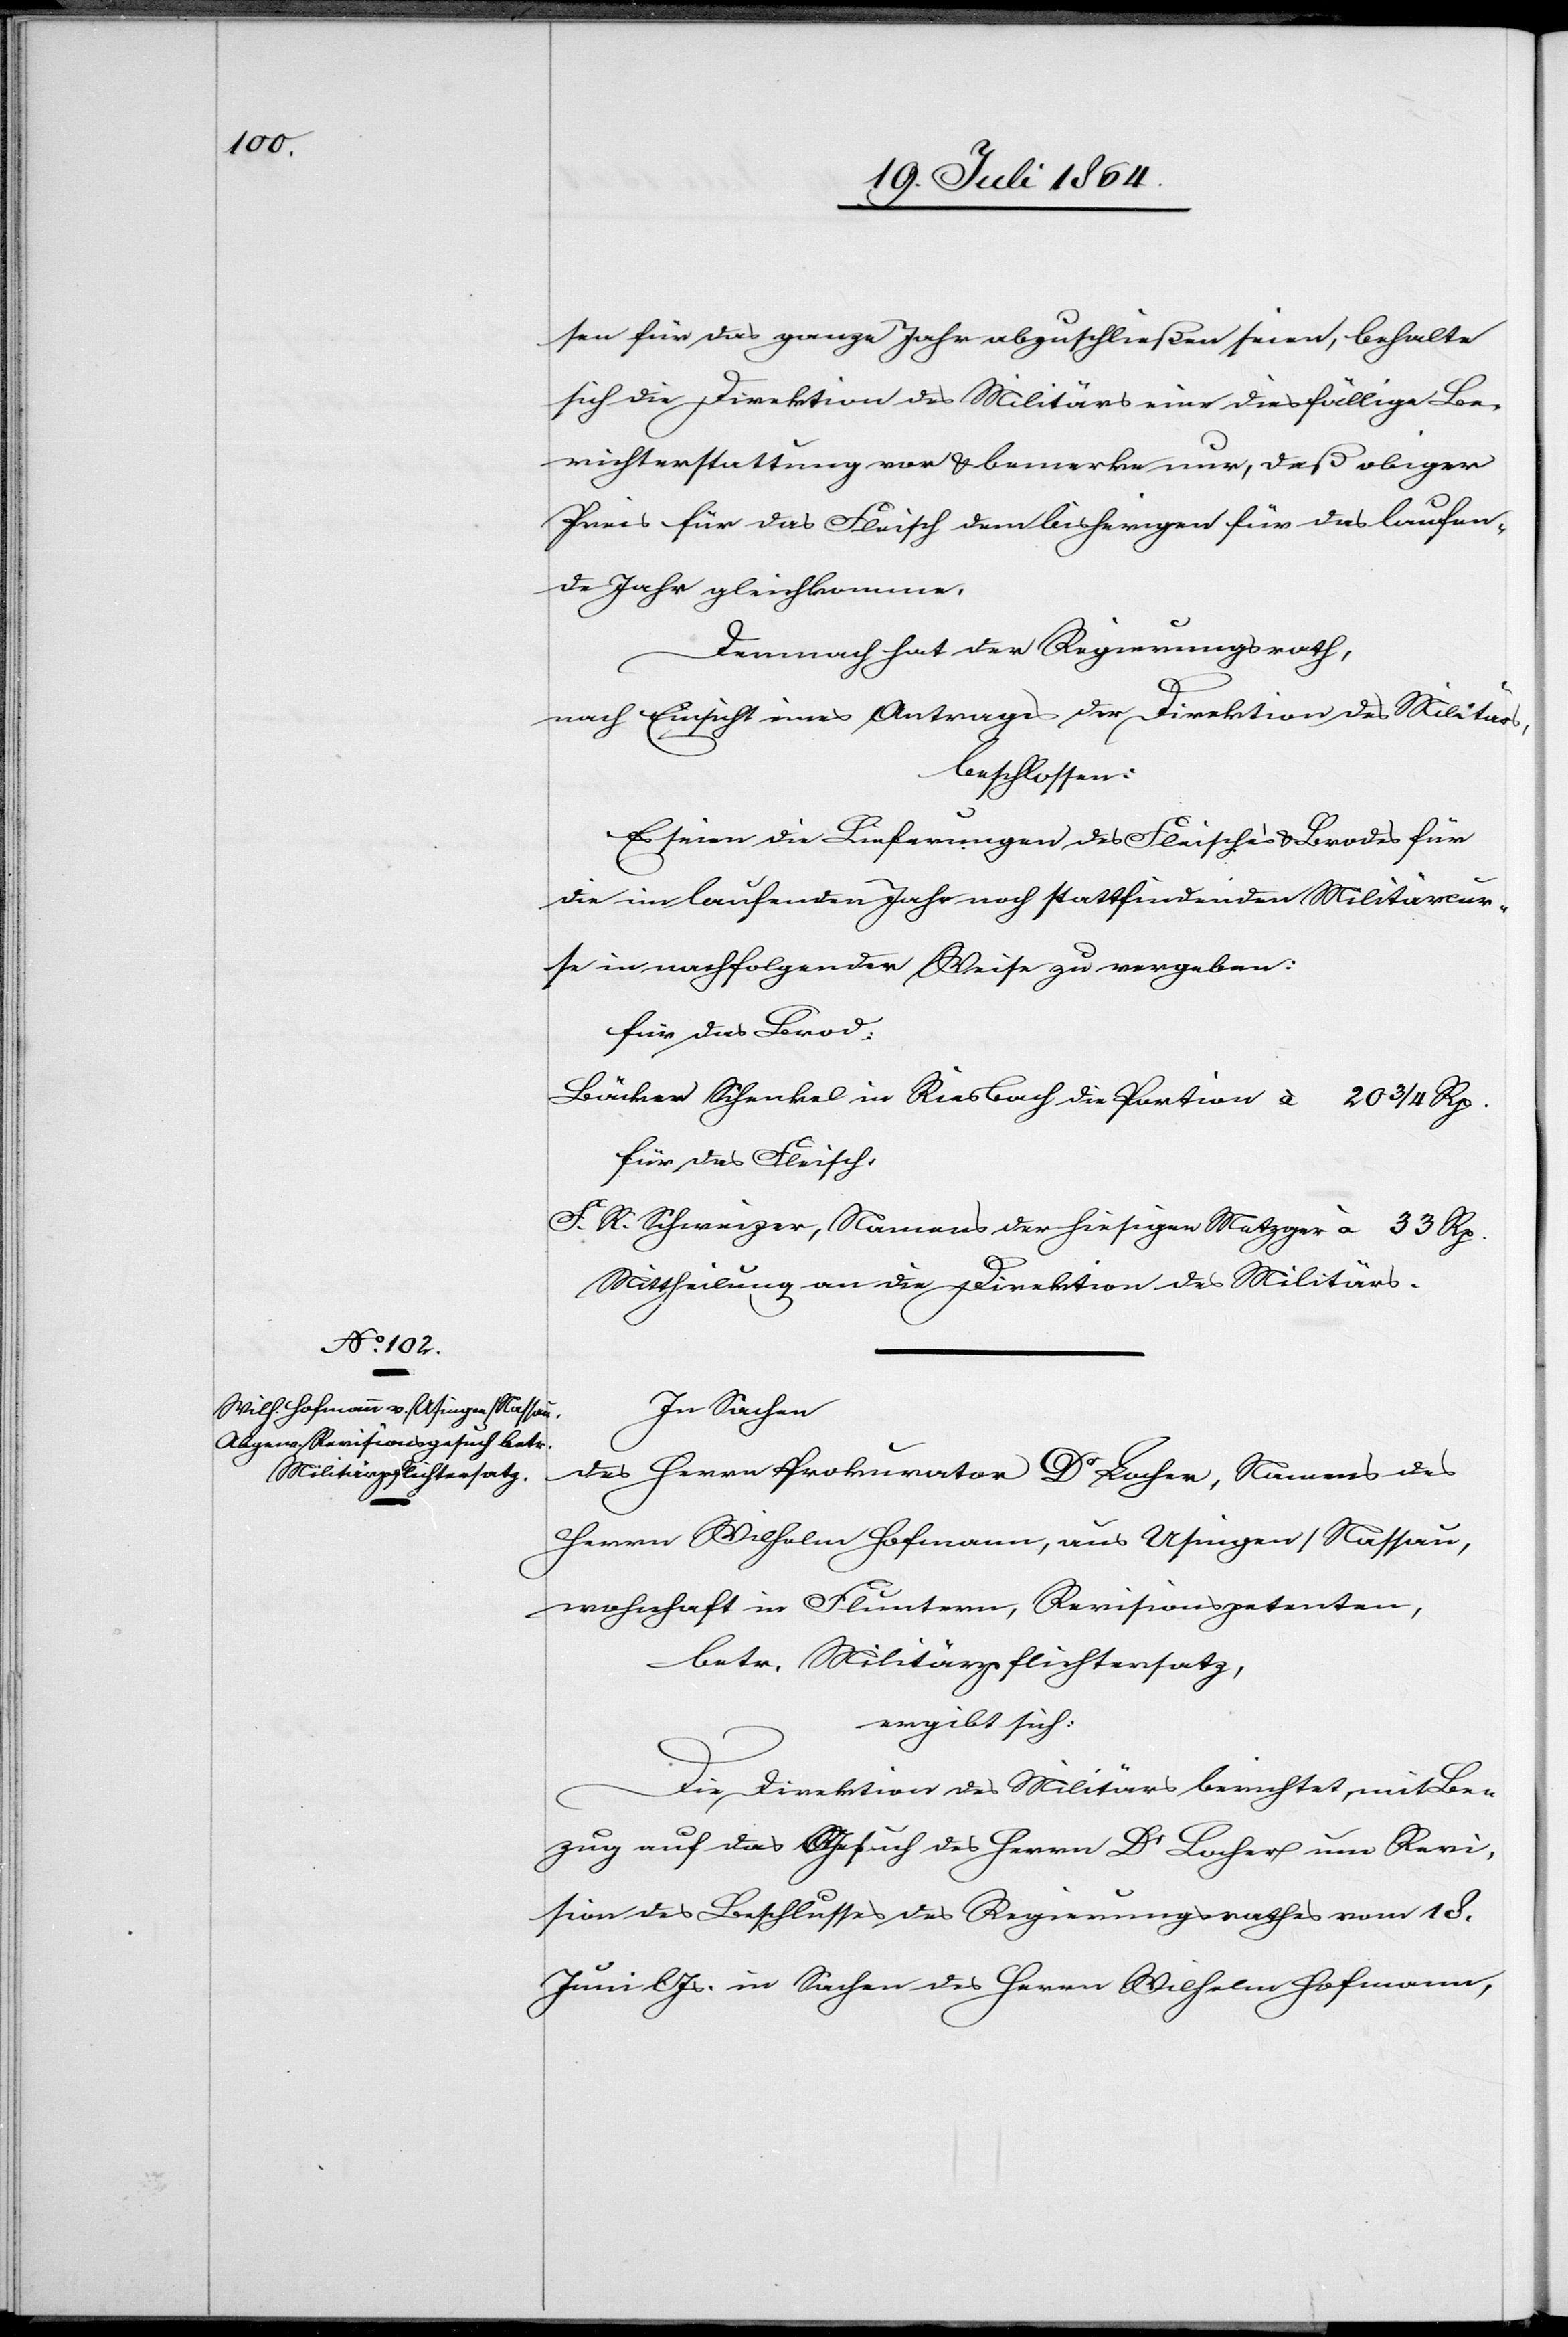
sen für das ganze Jahr abzuschließen seien, behalte
sich die Direktion des Militärs eine diesfällige Be¬
richterstattung vor u. bemerke nur, daß obiger
Preis für das Fleisch dem bisherigen für das laufen¬
de Jahr gleichkomme.
Demnach hat der Regierungsrath,
nach Einsicht eines Antrages der Direktion des Militärs,
beschlossen:
Es seien die Lieferungen des Fleisches u. Brodes für
die im laufenden Jahre noch stattfindenden Militärcur¬
se in nachfolgender Weise zu vergeben:
für das Brod:
Bäcker Schenkel in Riesbach die Portion à		20 3/4 Rp.
für das Fleisch:
F. R. Schweizer, Namens der hiesigen Metzger à	33 Rp.
Mittheilung an die Direktion des Militärs.
In Sachen
des Herrn Prokurator Dr Locher, Namens des
Herrn Wilhelm Hofmann, aus Usingen/Nassau,
wohnhaft in Fluntern, Revisionspetenten,
betr. Militärpflichtersatz,
ergibt sich:
Die Direktion des Militärs berichtet, mit Be¬
zug auf das Gesuch des Herrn Dr Locher um Revi¬
sion des Beschlusses des Regierungsrathes vom 18.
Juni l. Js. in Sachen des Herrn Wilhelm Hofmann,